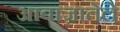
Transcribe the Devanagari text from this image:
आवाज़ातेले